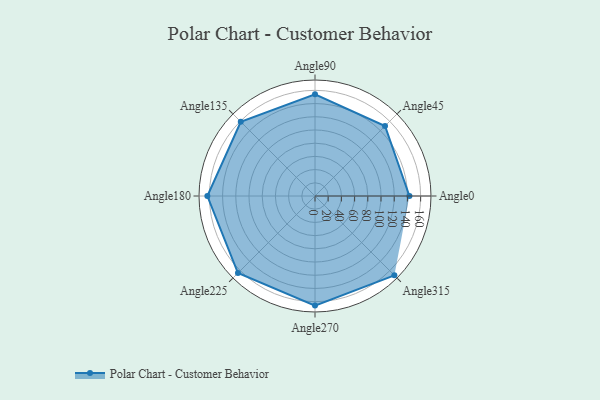
{"axis": {"x": "Angle", "y": "Radius"}, "legend": [""], "data": [{"x": "Angle0", "y": 143.0, "type": ""}, {"x": "Angle45", "y": 150.0, "type": ""}, {"x": "Angle90", "y": 154.0, "type": ""}, {"x": "Angle135", "y": 159.0, "type": ""}, {"x": "Angle180", "y": 163.0, "type": ""}, {"x": "Angle225", "y": 165.0, "type": ""}, {"x": "Angle270", "y": 166.0, "type": ""}, {"x": "Angle315", "y": 170, "type": ""}]}